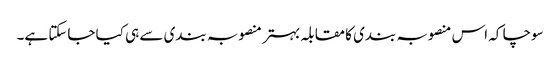
سوچا کہ اس منصوبہ بندی کا مقابلہ بہتر منصوبہ بندی سے ہی کیا جاسکتا ہے۔